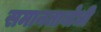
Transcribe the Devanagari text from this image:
समानताबोधी